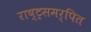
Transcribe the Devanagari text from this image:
राष्ट्रसमर्पित